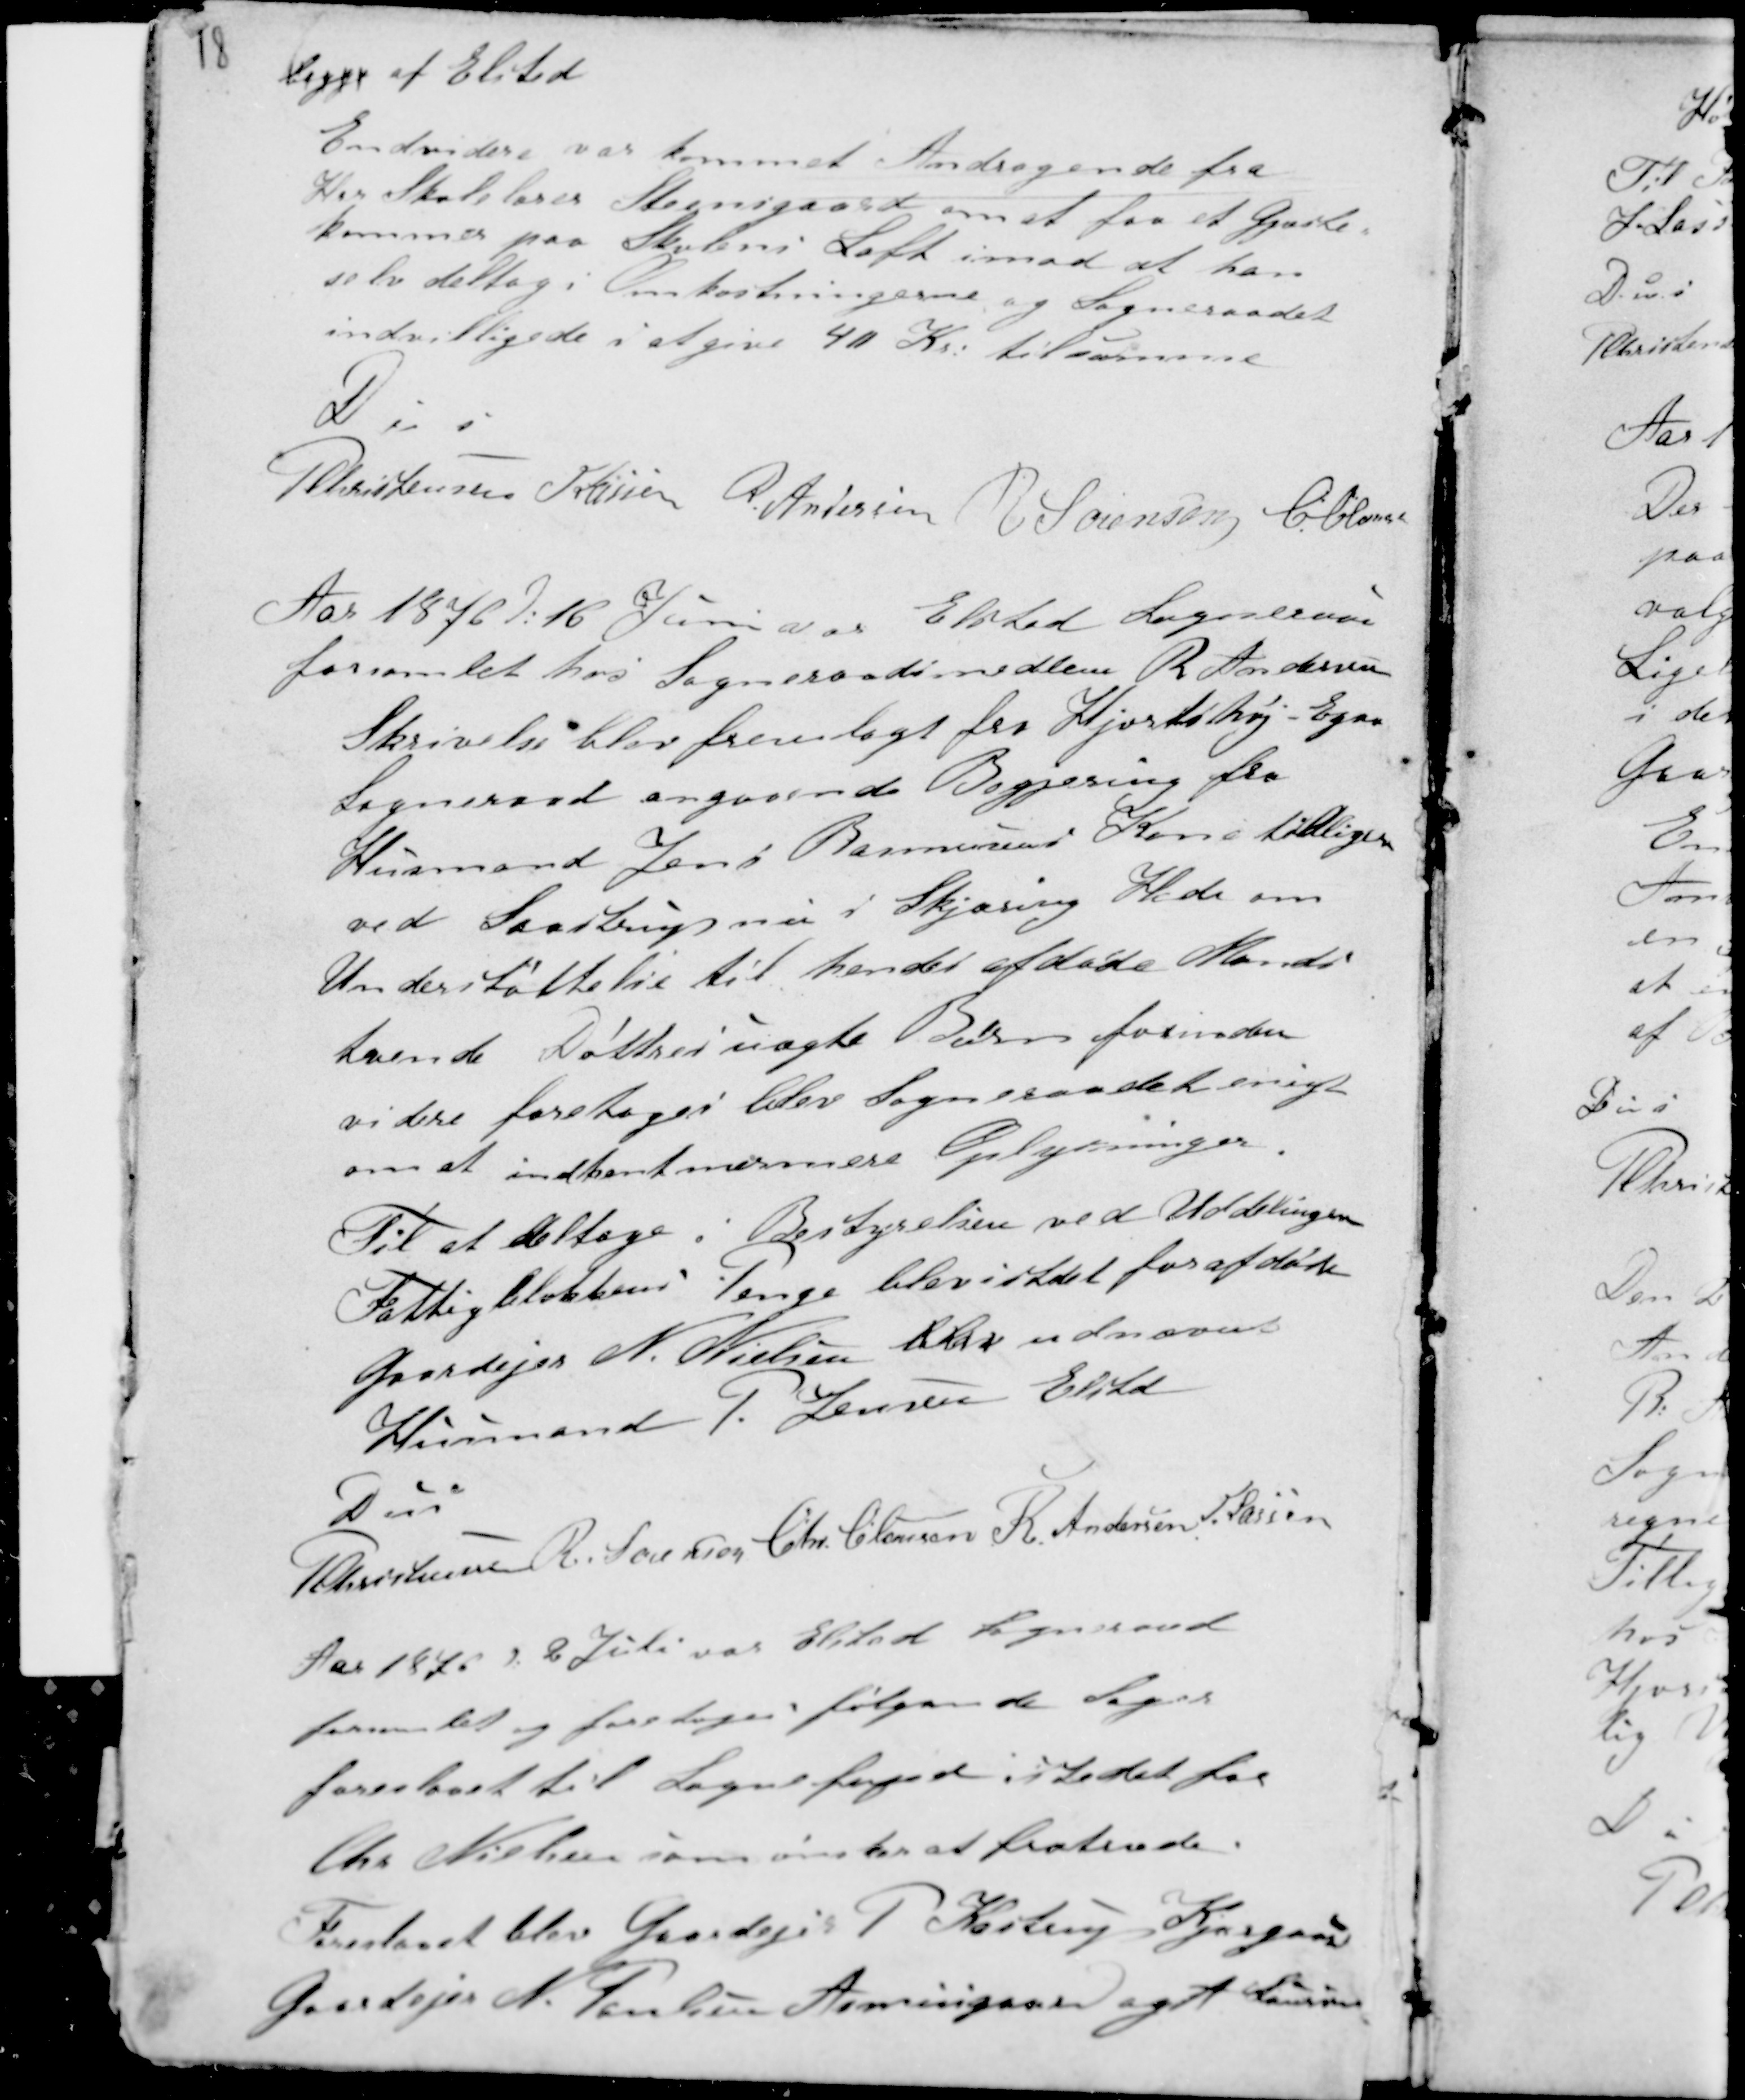
Transskription:
18

begge af Elsted
Endvidere var kommet Andragende fra
Hr Skolelærer Steensgaard om at faa et Gjæste-
kammer paa Skolens Loft imod at han
selv deltog i Omkostningerne, og Sogneraadet
indvilligede i at give 40 Kr: til samme
D u s
PChristensen H Lassen R. Andersen R Sørensen CClausen

Aar 1876 d: 16 Juni var Elsted Sogneraad
forsamlet hos Sogneraadsmedlem R Andersen
Skrivelse blev fremlagt fra Hjortshøj - Egaa
Sogneraad angaaende Begjering fra
Husmand Jens Rasmussens Kone tidligere
ved Saadb....pmand Skjæring Hede om
Understøttelse til hendes afdøde Mands
tvende Døttres uægte Børn forinden
videre fortages blev Sogneraadet enigt
om at indhent nærmere Oplysninger.
Til at deltage i Bestyrelsen ved Uddelingen
Fattigblokkens Penge blev istedet for afdøde
Gaardejer N. Nielsen blev udnævnt
Husmand P. Jensen Elsted
D u s
PChristensen R. Sørensen Chr. Clausen R. Andersen H. Lassen
Aar 1876 d. 2 Juli var Elsted Sogneraad
forsamlet og foretoges følgende Sager
foreslaaet til Sognefoged istedet for
Chr Nielsen som ønsker at fratræde.
Foreslaaet blev Gaardejer P Kastrup Kjærgaard
Gaardejer N. Poulsen Asmusgaard og A Laursen